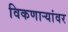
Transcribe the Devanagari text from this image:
विकणाऱ्यांवर